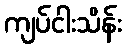
ကျပ်ငါးသိန်း